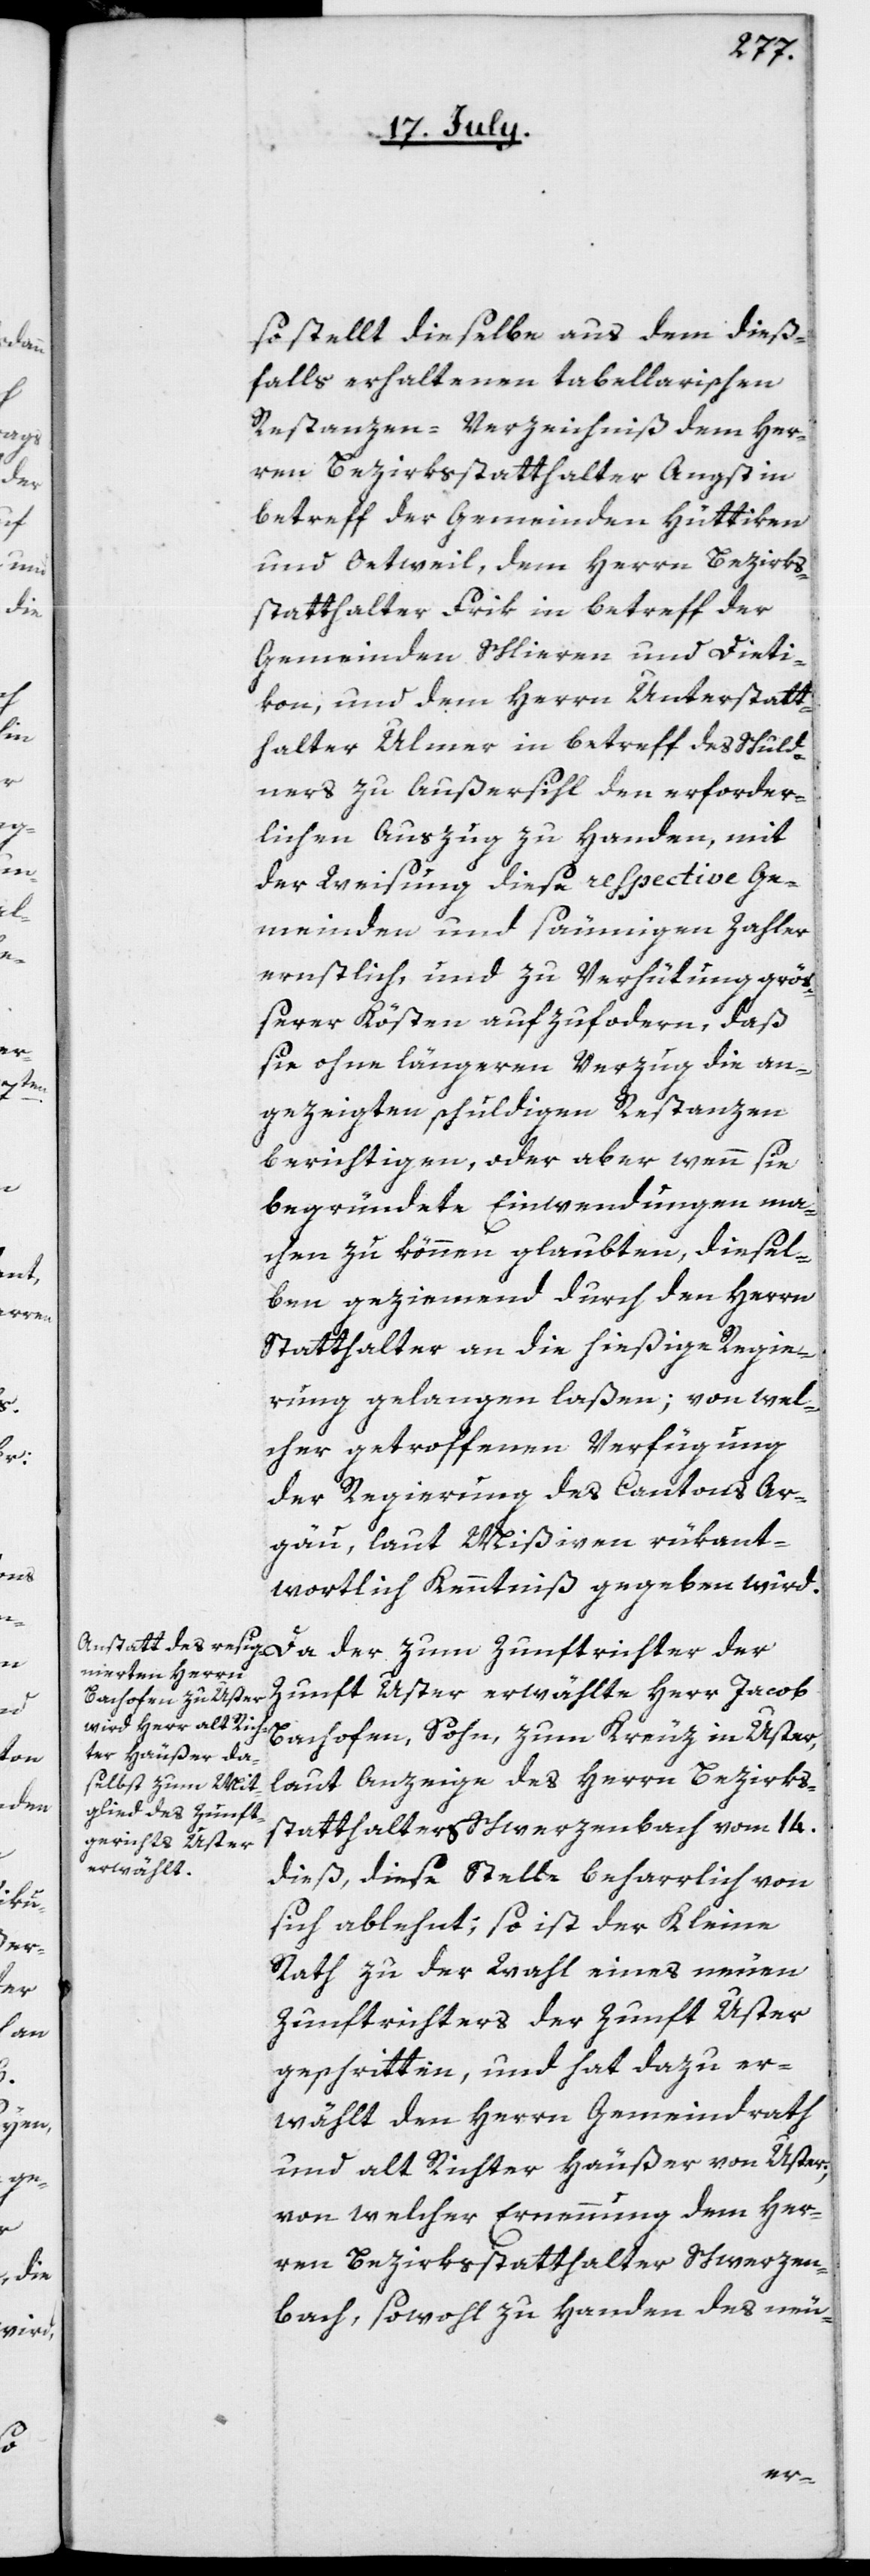
der

so stellt dieselbe aus dem dieß¬
falls erhaltenen tabellarischen
Restanzen-Verzeichniß dem Her¬
ren Bezirksstatthalter Angst in
betreff der Gemeinden Hüttikon
und Oetweil, dem Herrn Bezirks¬
statthalter Frik in betreff der
Gemeinden Schlieren und Dieti¬
kon, und dem Herrn Unterstatt¬
halter Ulmer in betreff des Schuld¬
ners zu Außersihl den erforder¬
lichen Auszug zu Handen, mit
der Weisung, diese respective Ge¬
meinden und säumigen Zahler
ernstlich, und zu Verhütung größ¬
erer Kösten aufzufordern, daß
sie ohne längeren Verzug die an¬
gezeigten schuldigen Restanzen
berichtigen, oder aber wenn sie
begründete Einwendungen ma¬
chen zu können glaubten, diesel¬
ben geziemend durch den Herrn
Statthalter an die hießige Regie¬
rung gelangen laßen; von wel¬
cher getroffenen Verfügung
der Regierung des Cantons Ar¬
gau, laut Mißiven, rükant¬
wortlich Kenntniß gegeben wird.
Zunft Uster erwählte Herr Jacob
Bachofen, Sohn, zum Kreuz in Uster,
laut Anzeige des Herrn Bezirks¬
statthalters Schwerzenbach vom 14.
dieß, diese Stelle beharrlich von
sich ablehnt; so ist der Kleine
Rath zu der Wahl eines neuen
Zunftrichters der Zunft Uster
geschritten, und hat dazu er¬
wählt den Herrn Gemeindrath
und alt Richter Häußer von Uster;
von welcher Ernennung dem Her¬
ren Bezirksstatthalter Schwerzen¬
bach, sowohl zu Handen des neu-